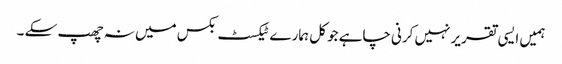
ہمیں ایسی تقریر نہیں کرنی چاہے جو کل ہمارے ٹیکسٹ بکس میں نہ چھپ سکے ۔